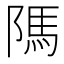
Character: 䧞